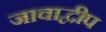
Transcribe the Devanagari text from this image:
जावाद्वीप